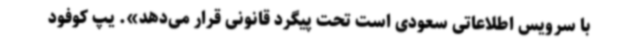
با سرویس اطلاعاتی سعودی است تحت پیگرد قانونی قرار می‌دهد». یپ کوفود